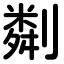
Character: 㔂